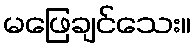
မဖြေချင်သေး။